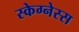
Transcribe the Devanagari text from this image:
स्केग्नेस्स